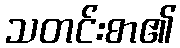
သတင်းစာ၏